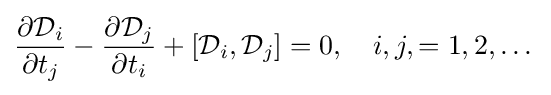
{\frac {\partial {\mathcal {D}}_{i}}{\partial t_{j}}}-{\frac {\partial {\mathcal {D}}_{j}}{\partial t_{i}}}+[{\mathcal {D}}_{i},{\mathcal {D}}_{j}]=0,\quad i,j,=1,2,\dots